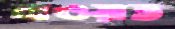
নাওয়াত